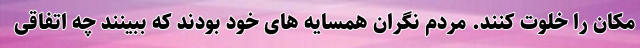
مکان را خلوت کنند. مردم نگران همسایه های خود بودند که ببینند چه اتفاقی